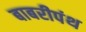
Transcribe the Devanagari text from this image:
बाबरीपंथ